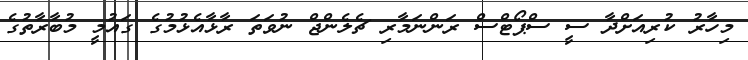
މިހާރު ކުރިއަށްދާ ސީ ސްޕޯޓްސް ރަންނަމާރި ޗެލެންޖް ނުވަތަ ރާޅާއެޅުމުގެ ގައުމީ މުބާރާތުގެ